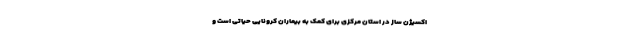
اکسیژن ساز در استان مرکزی برای کمک به بیماران کرونایی حیاتی است و